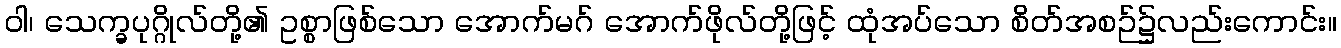
ဝါ၊ သေက္ခပုဂ္ဂိုလ်တို့၏ ဥစ္စာဖြစ်သော အောက်မဂ် အောက်ဖိုလ်တို့ဖြင့် ထုံအပ်သော စိတ်အစဉ်၌လည်းကောင်း။